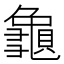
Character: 𪚾